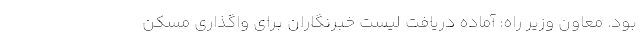
بود. معاون وزیر راه: آماده دریافت لیست خبرنگاران برای واگذاری مسکن